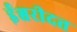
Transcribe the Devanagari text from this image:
ईश्वरीदत्त